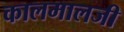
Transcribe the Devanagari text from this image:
कालमालजी